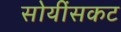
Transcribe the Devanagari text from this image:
सोयींसकट